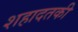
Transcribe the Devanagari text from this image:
शहादतकी